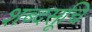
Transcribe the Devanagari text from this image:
शब्दसूचि